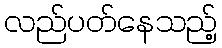
လည်ပတ်နေသည့်